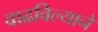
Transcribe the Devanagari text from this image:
वाढविल्याने